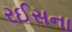
રઈસના